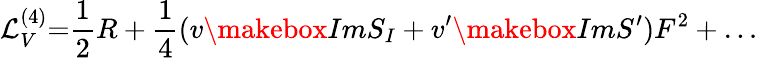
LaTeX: {\cal L}_{V}^{(4)}{=}{\frac{1}{2}}R+{\frac{1}{4}}(v\makebox{Im}S_{I}+v^{\prime}\makebox{Im}S^{\prime})F^{2}+\dots